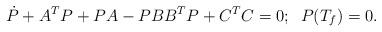
LaTeX: \begin{align*}{\dot P} + A^TP+PA-PBB^TP+C^TC=0;\;\; P(T_f)=0.\end{align*}